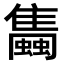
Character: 𧔰